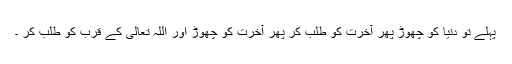
پہلے تو دنیا کو چھوڑ پھر آخرت کو طلب کر پھر آخرت کو چھوڑ اور اللہ تعالیٰ کے قرب کو طلب کر ۔